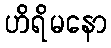
ဟိရိမနော